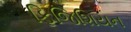
ફિજિશિયન